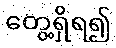
တွေ့ရှိရ၍